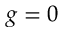
g = 0